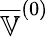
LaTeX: \overline{{\mathbb{V}}}^{(0)}